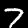
Label: 7